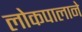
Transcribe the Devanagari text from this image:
लोकपालाने